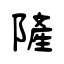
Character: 隡